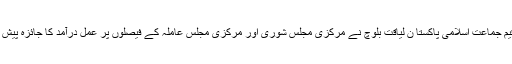
٭	قیم جماعت اسلامی پاکستا ن لیاقت بلوچ نے مرکزی مجلس شوریٰ اور مرکزی مجلس عاملہ کے فیصلوں پر عمل درآمد کا جائزہ پیش کیا ۔